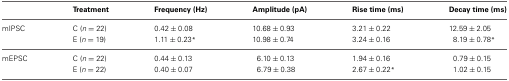
<table><thead><tr><td></td><td><b>Treatment</b></td><td><b>Frequency (Hz)</b></td><td><b>Amplitude (pA)</b></td><td><b>Rise time (ms)</b></td><td><b>Decay time (ms)</b></td></tr></thead><tbody><tr><td>mIPSC</td><td>C (<i>n</i> = 22)</td><td>0.42 ± 0.08</td><td>10.68 ± 0.93</td><td>3.21 ± 0.22</td><td>12.59 ± 2.05</td></tr><tr><td></td><td>E (<i>n</i> = 19)</td><td>1.11 ± 0.23<sup>*</sup></td><td>10.98 ± 0.74</td><td>3.24 ± 0.16</td><td>8.19 ± 0.78<sup>*</sup></td></tr><tr><td>mEPSC</td><td>C (<i>n</i> = 22)</td><td>0.44 ± 0.13</td><td>6.10 ± 0.13</td><td>1.94 ± 0.16</td><td>0.79 ± 0.15</td></tr><tr><td></td><td>E (<i>n</i> = 22)</td><td>0.40 ± 0.07</td><td>6.79 ± 0.38</td><td>2.67 ± 0.22<sup>*</sup></td><td>1.02 ± 0.15</td></tr></tbody></table>